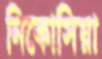
নিকোসিয়া